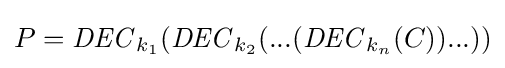
P={\mathit {DEC}}_{k_{1}}({\mathit {DEC}}_{k_{2}}(...({\mathit {DEC}}_{k_{n}}(C))...))